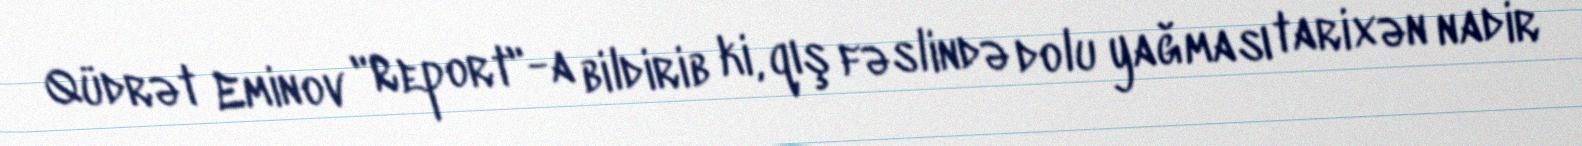
Qüdrət Eminov "Report"-a bildirib ki, qış fəslində dolu yağması tarixən nadir